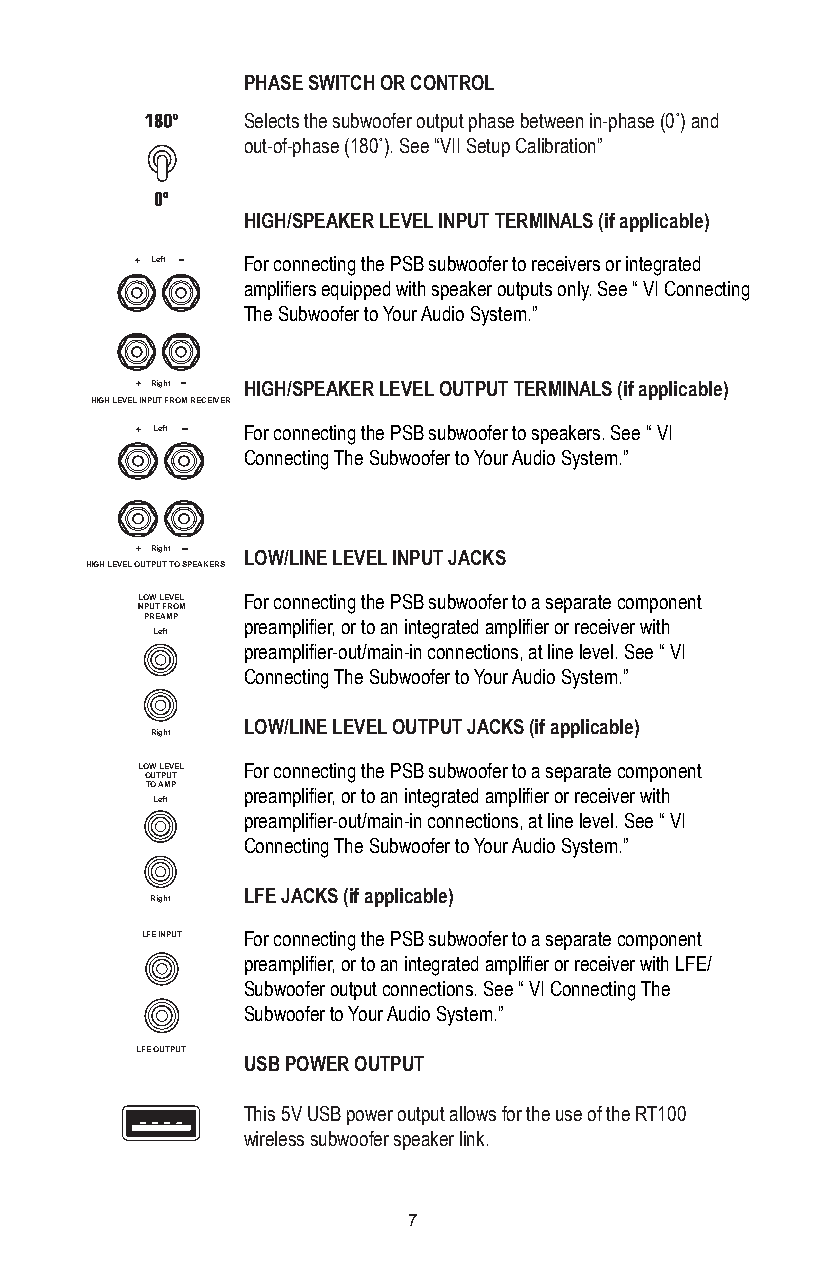
PHASE SWITCH OR CONTROL
 Selects the subwoofer output phase between in-phase (0˚) and
 out-of-phase (180˚). See “VII Setup Calibration”
 HIGH/SPEAKER LEVEL INPUT TERMINALS (if applicable)
 Left  For connecting the PSB subwoofer to receivers or integrated
 amplifiers equipped with speaker outputs only. See “ VI Connecting
 The Subwoofer to Your Audio System.”
 Right HIGH/SPEAKER LEVEL OUTPUT TERMINALS (if applicable)
 HIGH LEVEL INPUT FROM RECEIVER
 Left  For connecting the PSB subwoofer to speakers. See “ VI
 Connecting The Subwoofer to Your Audio System.”
 Right LOW/LINE LEVEL INPUT JACKS
 HIGH LEVEL OUTPUT TO SPEAKERS
 LOW LEVEL For connecting the PSB subwoofer to a separate component
 INPUT FROM
 PREAMP preamplifier, or to an integrated amplifier or receiver with
 Left
 preamplifier-out/main-in connections, at line level. See “ VI
 Connecting The Subwoofer to Your Audio System.”
 LOW/LINE LEVEL OUTPUT JACKS (if applicable)
 Right
 LOW LEVEL For connecting the PSB subwoofer to a separate component
 OUTPUT
 TO AMP preamplifier, or to an integrated amplifier or receiver with
 Left
 preamplifier-out/main-in connections, at line level. See “ VI
 Connecting The Subwoofer to Your Audio System.”
 LFE JACKS (if applicable)
 Right
 LFE INPUT For connecting the PSB subwoofer to a separate component
 preamplifier, or to an integrated amplifier or receiver with LFE/
 Subwoofer output connections. See “ VI Connecting The
 Subwoofer to Your Audio System.”
 LFE OUTPUT
 USB POWER OUTPUT
 This 5V USB power output allows for the use of the RT100
 wireless subwoofer speaker link.
 7